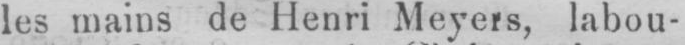
les mains de Henri Meyers, labou-